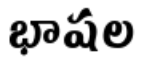
భాషల